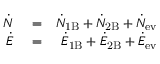
\begin{array} { r l r } { \dot { N } } & { { } = } & { \dot { N } _ { \mathrm { 1 B } } + \dot { N } _ { \mathrm { 2 B } } + \dot { N } _ { \mathrm { e v } } } \\ { \dot { E } } & { { } = } & { \dot { E } _ { \mathrm { 1 B } } + \dot { E } _ { \mathrm { 2 B } } + \dot { E } _ { \mathrm { e v } } } \end{array}